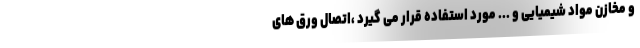
و مخازن مواد شیمیایی و ... مورد استفاده قرار می گیرد ،اتصال ورق های